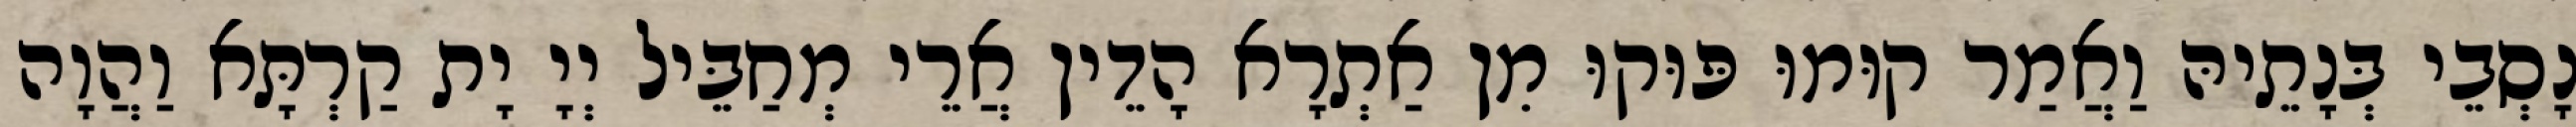
נָסְבֵי בְּנָתֵיהּ וַאֲמַר קוּמוּ פּוּקוּ מִן אַתְרָא הָדֵין אֲרֵי מְחַבֵּיל יְיָ יָת קַרְתָּא וַהֲוָה